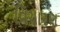
વિચારણ